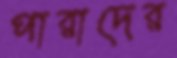
পারাদের